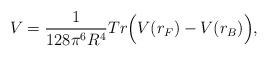
LaTeX: \begin{align*}V=\frac{1}{128\pi^6R^4}Tr\Bigl(V(r_F)-V(r_B)\Bigr),\end{align*}